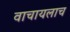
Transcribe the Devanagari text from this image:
वाचायलाच